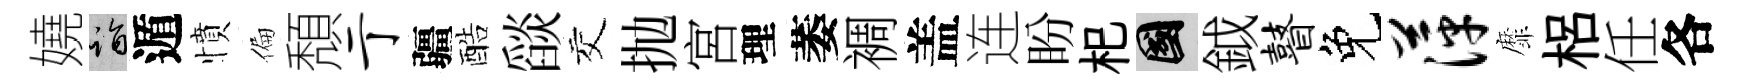
嬈诣遁憤偏頽亍疆酷𦦨交抛宮理萎裯盖连盼𣏌國鉞瞽免萍靡梠任各